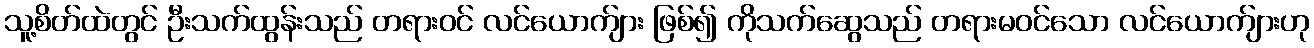
သူ့စိတ်ထဲတွင် ဦးသက်ထွန်းသည် တရားဝင် လင်ယောက်ျား ဖြစ်၍ ကိုသက်ဆွေသည် တရားမဝင်သော လင်ယောက်ျားဟု